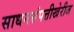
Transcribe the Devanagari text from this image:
साधनसंपत्तीखेरीज